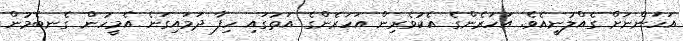
އަހަންނަށް ގެއްލުނީއެވެ. އަހަރެންގެ އެކުވެރިން އަހަރެންގެ އަތުގައި ހިފާ ދަމައިގަނެ އެމީހުން ގެނބެމުން